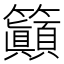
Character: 𱸲